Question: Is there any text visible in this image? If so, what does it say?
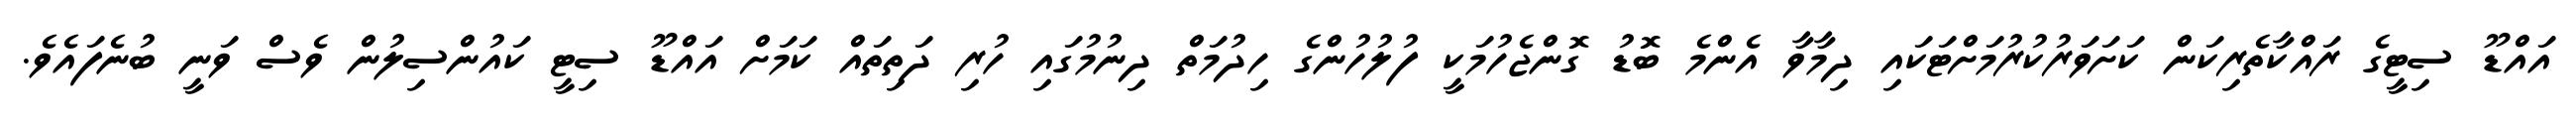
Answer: އައްޑޫ ސިޓީގެ ރައްކާތެރިކަން ކަށަވަރުކުރުމަށްޓަކައި ދިމާވާ އެންމެ ބޮޑު ގޮންޖެހުމަކީ ފުލުހުންގެ ހިދުމަތް ދިނުމުގައި ހުރި ދަތިތައް ކަމަށް އައްޑޫ ސިޓީ ކައުންސިލުން ވެސް ވަނީ ބުނެފައެވެ.